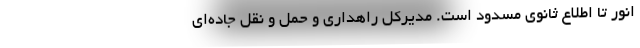
انور تا اطلاع ثانوی مسدود است. مدیرکل راهداری و حمل و نقل جاده‌ای